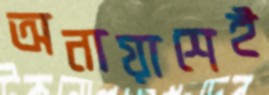
অনায়াশেই